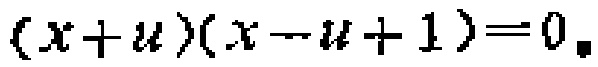
\((x + u)(x - u + 1)=0\)